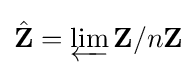
{\hat {\mathbf {Z} }}=\varprojlim \mathbf {Z} /n\mathbf {Z}